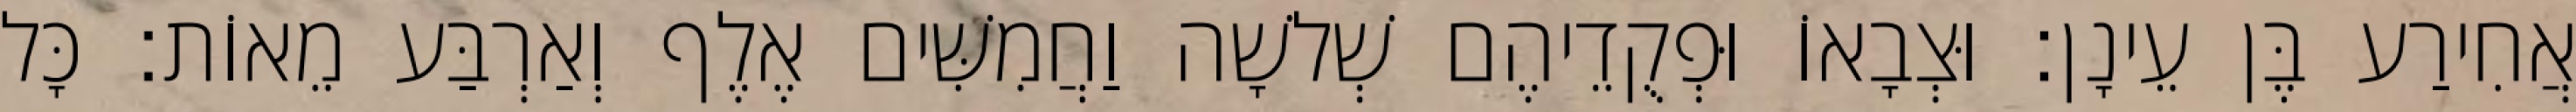
אֲחִירַע בֶּן עֵינָן׃ וּצְבָאוֹ וּפְקֻדֵיהֶם שְׁלשָׁה וַחֲמִשִּׁים אֶלֶף וְאַרְבַּע מֵאוֹת׃ כָּל